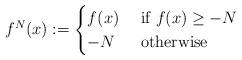
LaTeX: \begin{align*}f^N(x) :=\begin{cases}f(x) & \textrm{ if } f(x) \ge -N \\-N & \textrm{ otherwise}\end{cases}\end{align*}